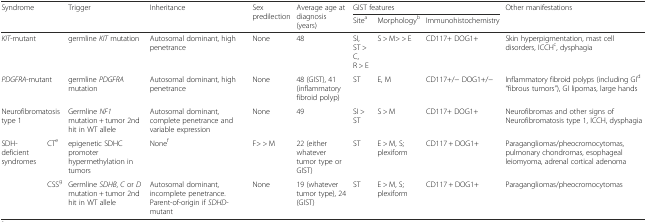
<table><thead><tr><td rowspan="2" colspan="2"><b>Syndrome</b></td><td rowspan="2"><b>Trigger</b></td><td rowspan="2"><b>Inheritance</b></td><td rowspan="2"><b>Sex predilection</b></td><td rowspan="2"><b>Average age at diagnosis (years)</b></td><td colspan="3"><b>GIST features</b></td><td rowspan="2"><b>Other manifestations</b></td></tr><tr><td><b>Site<sup>a</sup></b></td><td><b>Morphology<sup>b</sup></b></td><td><b>Immunohistochemistry</b></td></tr></thead><tbody><tr><td colspan="2"><i>KIT</i>-mutant</td><td>germline <i>KIT</i> mutation</td><td>Autosomal dominant, high penetrance</td><td>None</td><td>48</td><td>SI, ST &gt; C, R &gt; E</td><td>S &gt; M&gt; &gt; E</td><td>CD117+ DOG1+</td><td>Skin hyperpigmentation, mast cell disorders, ICCH<sup>c</sup>, dysphagia</td></tr><tr><td colspan="2"><i>PDGFRA</i>-mutant</td><td>germline <i>PDGFRA</i> mutation</td><td>Autosomal dominant, high penetrance</td><td>None</td><td>48 (GIST), 41 (inflammatory fibroid polyp)</td><td>ST</td><td>E, M</td><td>CD117+/− DOG1+/−</td><td>Inflammatory fibroid polyps (including GI<sup>d</sup> “fibrous tumors”), GI lipomas, large hands</td></tr><tr><td colspan="2">Neurofibromatosis type 1</td><td>Germline <i>NF1</i> mutation + tumor 2nd hit in WT allele</td><td>Autosomal dominant, complete penetrance and variable expression</td><td>None</td><td>49</td><td>SI &gt; ST</td><td>S &gt; M</td><td>CD117+ DOG1+</td><td>Neurofibromas and other signs of Neurofibromatosis type 1, ICCH, dysphagia</td></tr><tr><td rowspan="2">SDH-deficient syndromes</td><td>CT<sup>e</sup></td><td>epigenetic SDHC promoter hypermethylation in tumors</td><td>None<sup>f</sup></td><td>F&gt; &gt; M</td><td>22 (either whatever tumor type or GIST)</td><td>ST</td><td>E &gt; M, S; plexiform</td><td>CD117 + DOG1+</td><td>Paragangliomas/pheocromocytomas, pulmonary chondromas, esophageal leiomyoma, adrenal cortical adenoma</td></tr><tr><td>CSS<sup>g</sup></td><td>Germline <i>SDHB</i>, <i>C</i> or <i>D</i> mutation + tumor 2nd hit in WT allele</td><td>Autosomal dominant, incomplete penetrance. Parent-of-origin if <i>SDHD</i>-mutant</td><td>None</td><td>19 (whatever tumor type), 24 (GIST)</td><td>ST</td><td>E &gt; M, S; plexiform</td><td>CD117 + DOG1+</td><td>Paragangliomas/pheocromocytomas</td></tr></tbody></table>